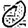
Digit: 0